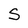
Character: S